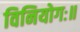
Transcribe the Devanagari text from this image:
विनियोगः॥